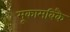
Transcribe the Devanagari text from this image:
मूकामबिकै